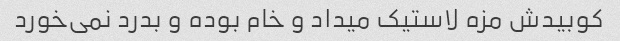
کوبیدش مزه لاستیک میداد و خام بوده و بدرد نمی‌خورد